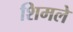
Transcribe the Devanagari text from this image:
शिमले